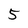
Character: 5